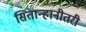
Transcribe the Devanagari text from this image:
सितान्हानीतरी